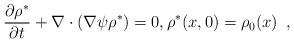
LaTeX: \begin{align*}\frac{\partial \rho^*}{\partial t}+\nabla\cdot(\nabla\psi\rho^*)=0, \rho^*(x,0)=\rho_0(x)\enspace,\end{align*}